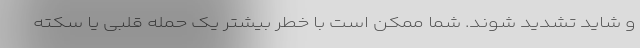
و شاید تشدید شوند. شما ممکن است با خطر بیشتر یک حمله قلبی یا سکته